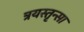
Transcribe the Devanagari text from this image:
त्रयस्तृन्सा